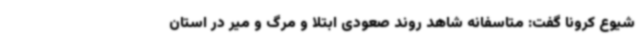
شیوع کرونا گفت: متاسفانه شاهد روند صعودی ابتلا و مرگ و میر در استان